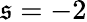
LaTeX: \mathfrak{s}=-2